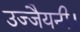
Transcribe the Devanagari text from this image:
उज्जैयनी।